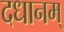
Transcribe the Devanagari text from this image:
दधानम्‌